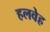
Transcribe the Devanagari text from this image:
हलवेह